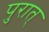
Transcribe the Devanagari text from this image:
पुरात्